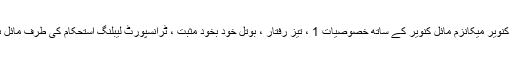
لیٹرل رولر کنویر میکانزم مائل کنویر کے ساتھ خصوصیات 1 ، تیز رفتار ، بوتل خود بخود مثبت ، ٹرانسپورٹ لیبلنگ استحکام کی طرف مائل ہوجاتی ہے۔